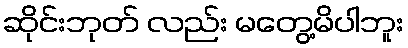
ဆိုင်းဘုတ် လည်း မတွေ့မိပါဘူး